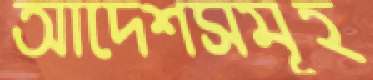
আদেশসমূহ